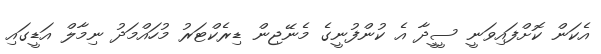
އެކަން ކޮށްފައިވަނީ ސީީދާ އެ ކުންފުނީގެ މެނޭޖިން ޑިރެކްޓަރު މުހައްމަދު ނިމާލް އަޑީގައި